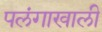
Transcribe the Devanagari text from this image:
पलंगाखाली